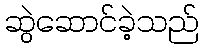
ဆွဲဆောင်ခဲ့သည်